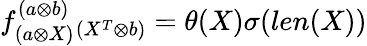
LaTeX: f_{(a\otimes X)}^{(a\otimes b)}{}_{(X^{T}\otimes b)}=\theta(X)\sigma(len(X))